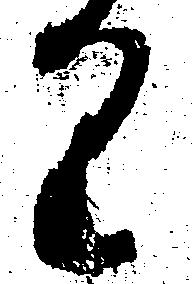
り